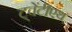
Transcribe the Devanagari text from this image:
ट्वेंटीएथ